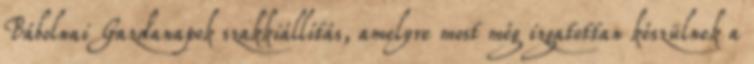
Bábolnai Gazdanapok szakkiállítás, amelyre most még izgatottan készülnek a